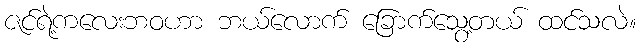
ဇင်ရဲ့ကလေးဘဝဟာ ဘယ်လောက် ခြောက်သွေ့တယ် ထင်သလဲ။